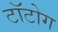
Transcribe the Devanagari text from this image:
टॉटोग